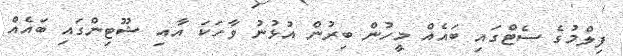
ފިލްމުގެ ސެޓްގައި ބައެއް މީހުން ބިރުން އުޅުނު ވާހަކަ އާއި ޝޫޓިންގައި ބައެއް